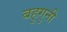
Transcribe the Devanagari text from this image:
बहुगुनी